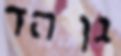
גן הד